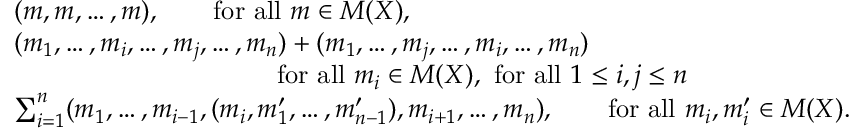
\begin{array} { r l } & { ( m , m , \ldots , m ) , \qquad \mathrm { f o r ~ a l l ~ } m \in M ( X ) , } \\ & { ( m _ { 1 } , \ldots , m _ { i } , \ldots , m _ { j } , \ldots , m _ { n } ) + ( m _ { 1 } , \ldots , m _ { j } , \ldots , m _ { i } , \ldots , m _ { n } ) } \\ & { \qquad \qquad \qquad \qquad \qquad \mathrm { f o r ~ a l l ~ } m _ { i } \in M ( X ) , ~ \mathrm { f o r ~ a l l ~ } 1 \leq i , j \leq n } \\ & { \sum _ { i = 1 } ^ { n } ( m _ { 1 } , \ldots , m _ { i - 1 } , ( m _ { i } , m _ { 1 } ^ { \prime } , \ldots , m _ { n - 1 } ^ { \prime } ) , m _ { i + 1 } , \ldots , m _ { n } ) , \qquad \mathrm { f o r ~ a l l ~ } m _ { i } , m _ { i } ^ { \prime } \in M ( X ) . } \end{array}